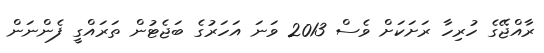
ރާއްޖޭގެ ހުރިހާ ރަށަކަށް ވެސް 2013 ވަނަ އަހަރުގެ ބަޖެޓުން ތަރައްގީ ފެންނަން